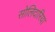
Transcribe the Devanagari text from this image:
सोलिदारिया